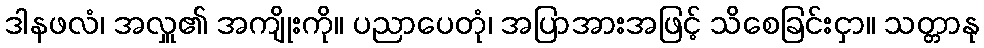
ဒါနဖလံ၊ အလှူ၏ အကျိုးကို။ ပညာပေတုံ၊ အပြာအားအဖြင့် သိစေခြင်းငှာ။ သတ္တာနု